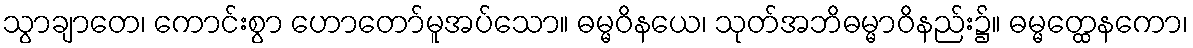
သွာချာတေ၊ ကောင်းစွာ ဟောတော်မူအပ်သော။ ဓမ္မဝိနယေ၊ သုတ်အဘိဓမ္မာဝိနည်း၌။ ဓမ္မတ္ထေနကော၊